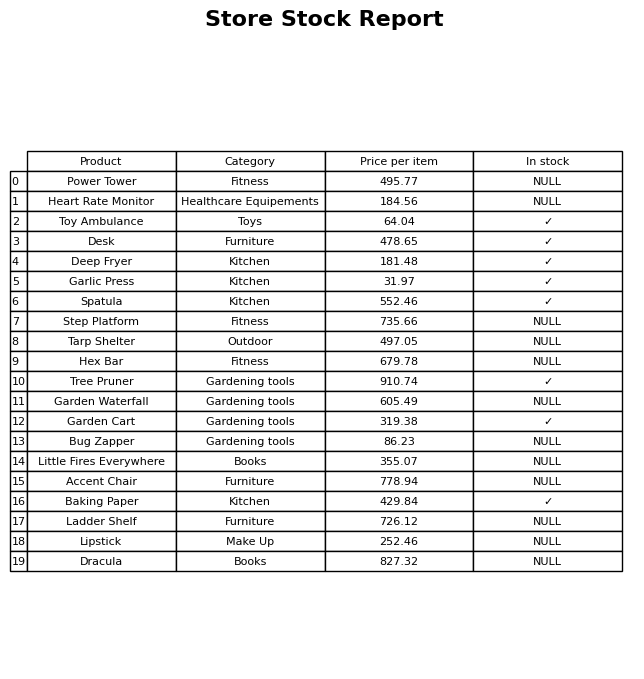
question: What is the price of the Ladder Shelf?
answer: The price of Ladder Shelf is 726.12.